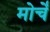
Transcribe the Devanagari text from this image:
मोर्चें